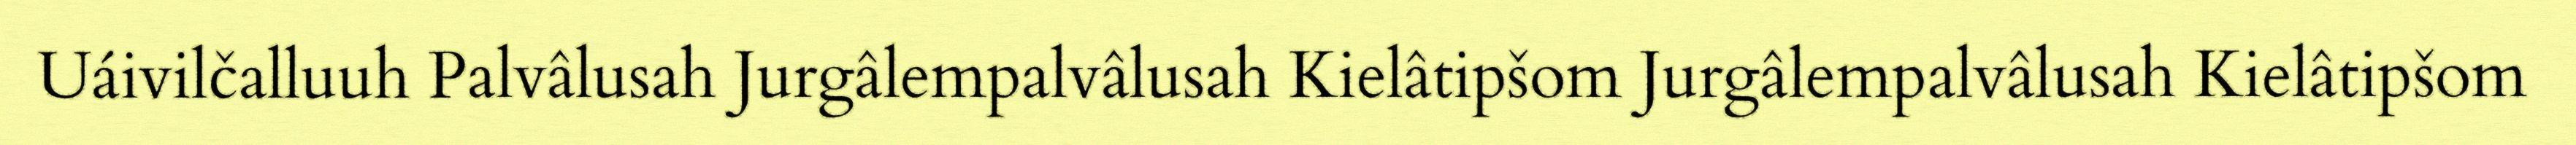
Uáivilčalluuh Palvâlusah Jurgâlempalvâlusah Kielâtipšom Jurgâlempalvâlusah Kielâtipšom